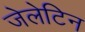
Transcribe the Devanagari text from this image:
जेलेटिन